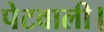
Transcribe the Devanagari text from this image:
पेटवाली।